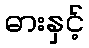
ဓားနှင့်